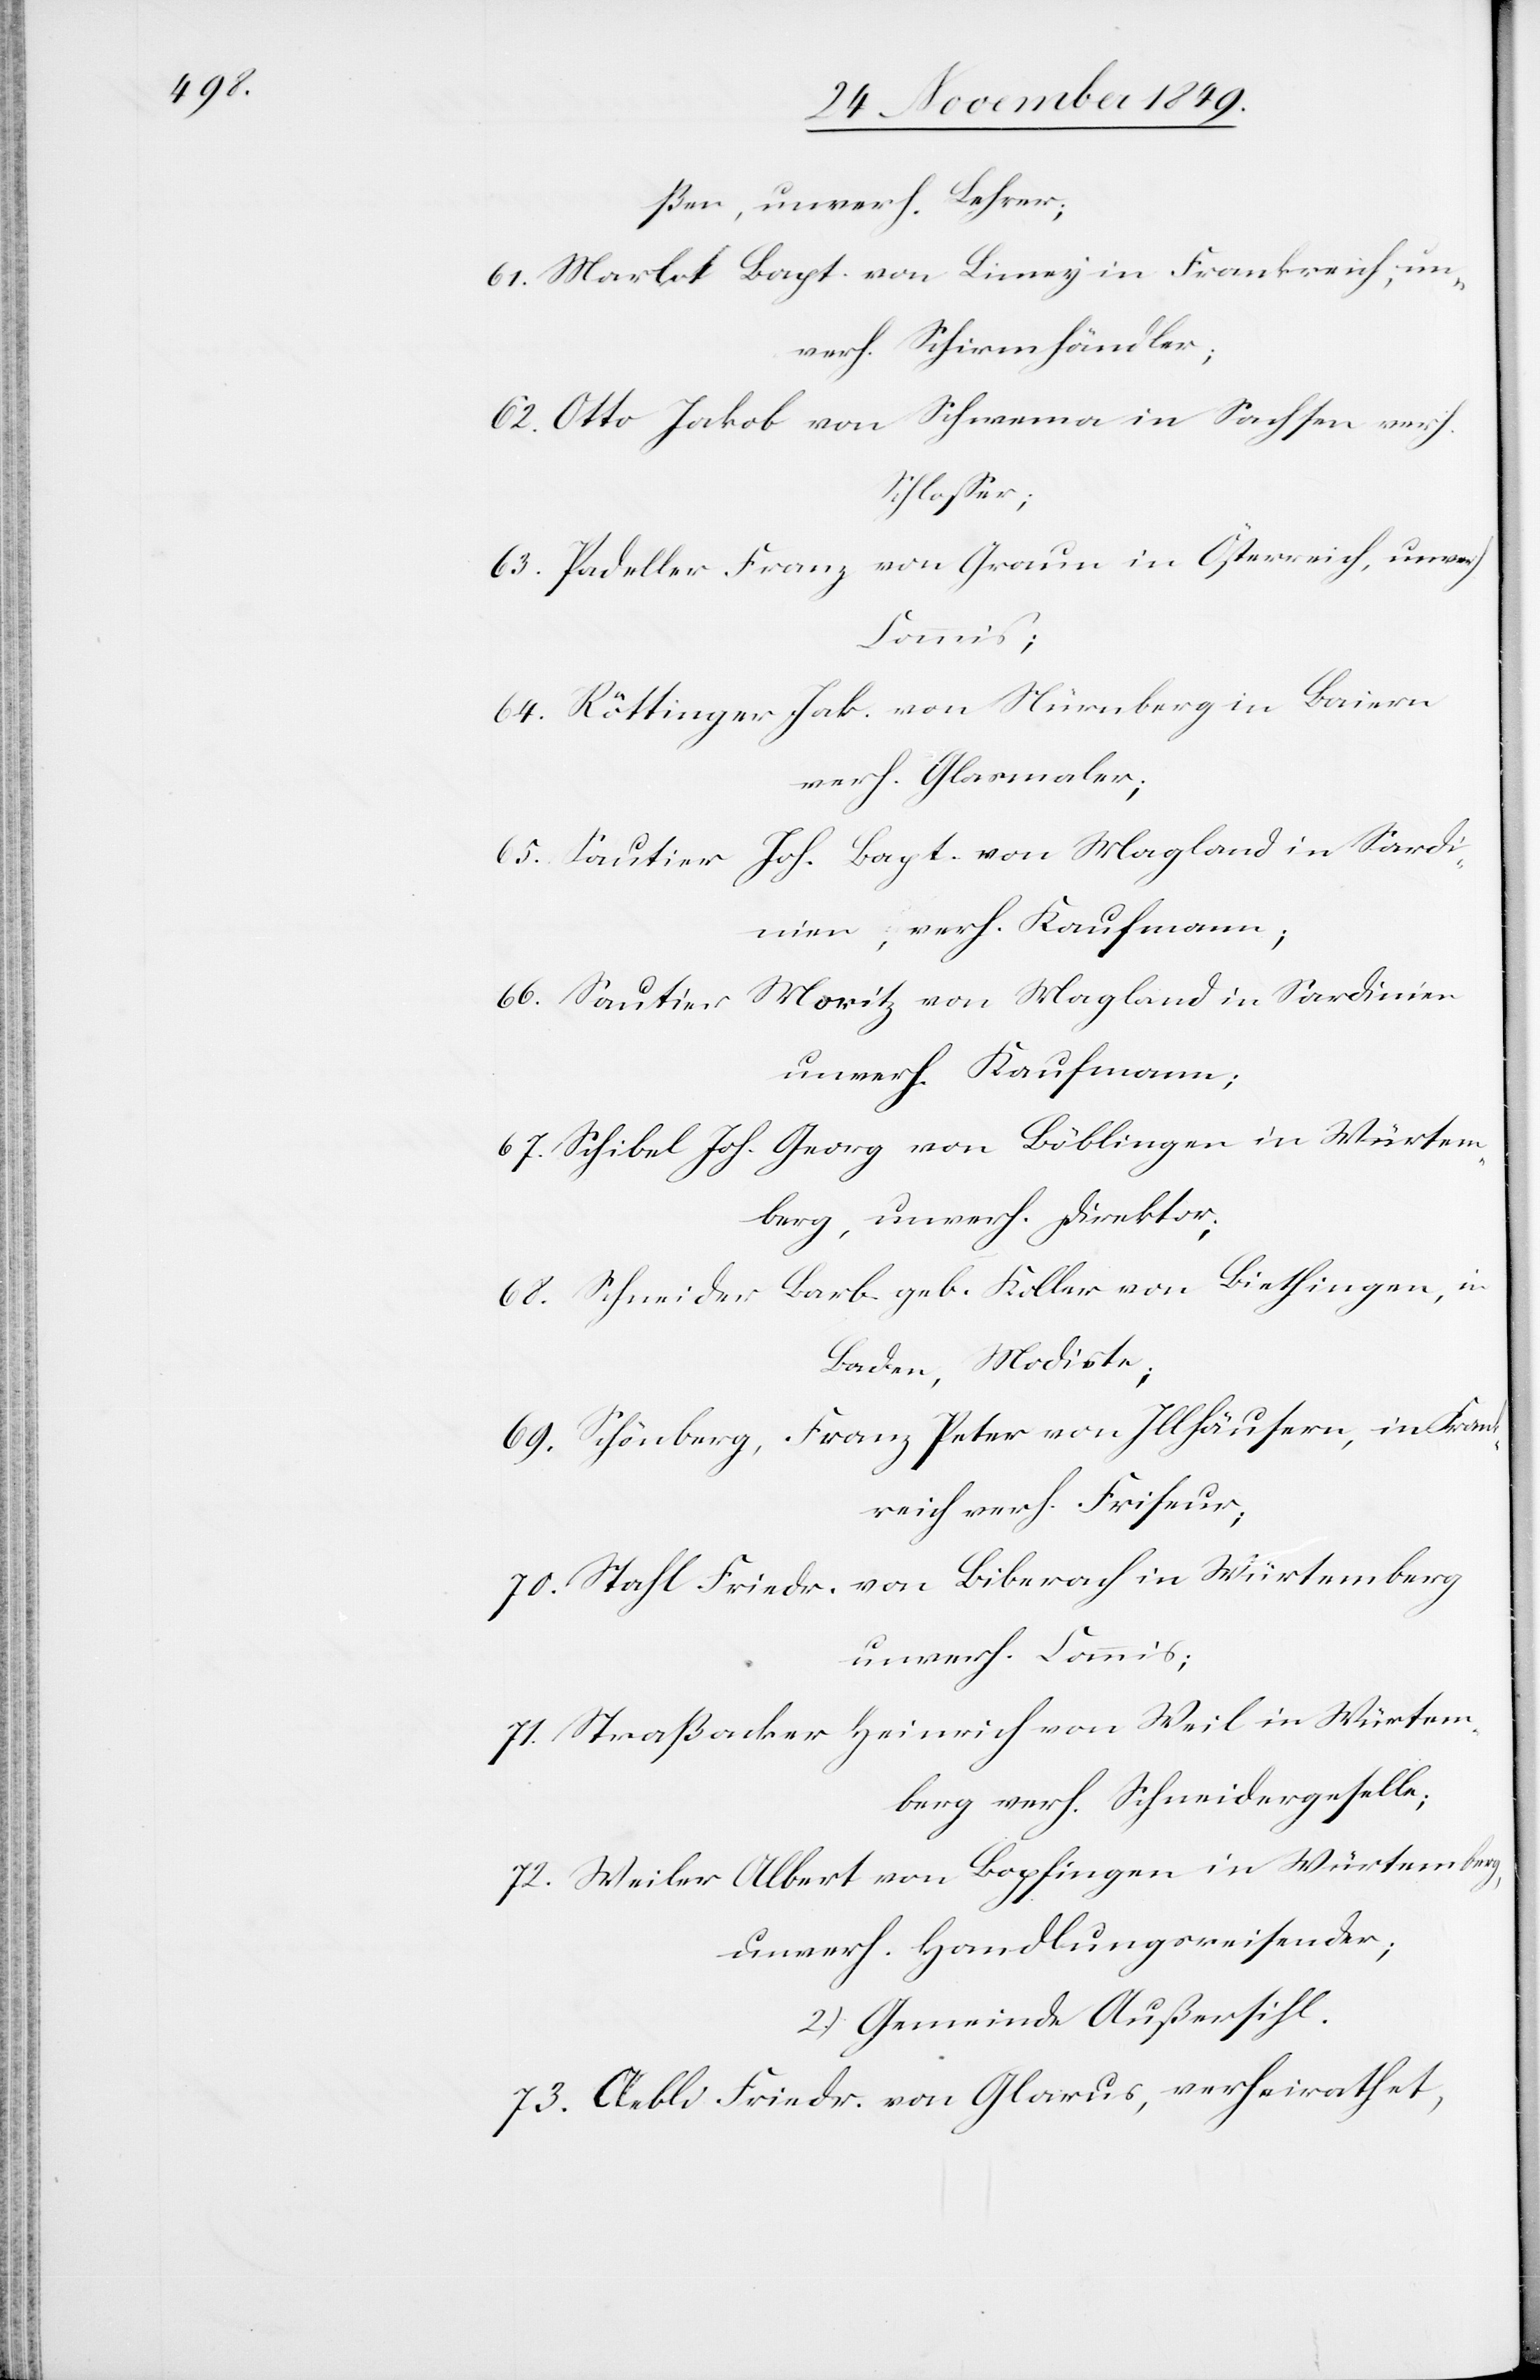
ßen, unverh. Lehrer;
61. Marlot Bapt. von Liney in Frankreich, un¬
verh. Schirmhändler;
62. Otto Jakob von Schwema in Sachsen verh.
Schloßer;
63. Padeller Franz von Graun in Österreich, unverh.
Commis;
64. Röttinger Jak. von Nürnberg in Baiern
verh. Glasmaler;
65. Sautier Joh. Bapt. von Magland in Sardi¬
nien, verh. Kaufmann;
Moritz von Magland in Sardinien
66. Sautier
unverh. Kaufmann;
67. Schibel Joh. Georg von Böblingen in Würtem¬
berg, unverh. Direktor;
68. Schneider Barb. geb. Koller von Biethingen, in
Baden, Modiste;
69. Schönberg, Franz Peter von Illhäusern, in Fran¬
kreich verh. Friseur;
70. Stahl Friedr. von Biberach in Würtemberg
unverh. Commis;
71. Straßenacker Heinrich von Weil in Würtem¬
berg verh. Schneidergeselle;
72. Weiler Albert von Bopfingen in Würtemberg,
unverh. Handlungsreisender;
2.) Gemeinde Außersihl.
73. Aebli Friedr. von Glarus, verheirathet,